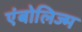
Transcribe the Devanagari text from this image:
एंबोलिज्म